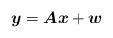
LaTeX: \begin{align*}\boldsymbol{y}=\boldsymbol{Ax}+\boldsymbol{w} \end{align*}